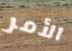
الأمر